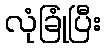
လုံခြုံပြီး